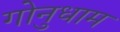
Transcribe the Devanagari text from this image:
गोनुधाम